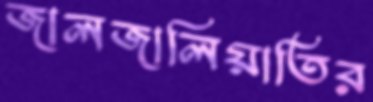
জালজালিয়াতির